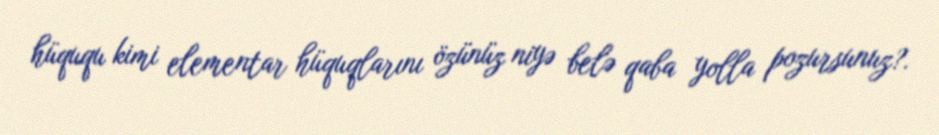
hüququ kimi elementar hüquqlarını özünüz niyə belə qaba yolla pozursunuz?.